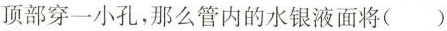
顶部穿一小孔，那么管内的水银液面将()